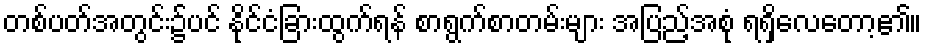
တစ်ပတ်အတွင်း၌ပင် နိုင်ငံခြားထွက်ရန် စာရွက်စာတမ်းများ အပြည့်အစုံ ရရှိလေတော့၏။